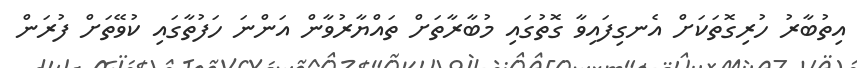
އިތުބާރު ހުރިގޮތަކަށް އެނގިފައިވާ ގޮތުގައި މުބާރާތަށް ތައްޔާރުވާން އަންނަ ހަފުތާގައި ކުވޭތަށް ފުރަން